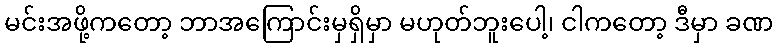
မင်းအဖို့ကတော့ ဘာအကြောင်းမှရှိမှာ မဟုတ်ဘူးပေါ့၊ ငါကတော့ ဒီမှာ ခဏ